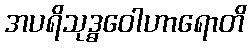
အပရိသုဒ္ဓဝေါဟာရောတိ